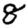
Digit: 8